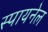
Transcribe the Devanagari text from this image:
स्पायनेल